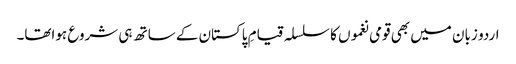
اردو زبان میں بھی قومی نغموں کا سلسلہ قیامِ پاکستان کے ساتھ ہی شروع ہواتھا۔